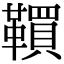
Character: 𩍃